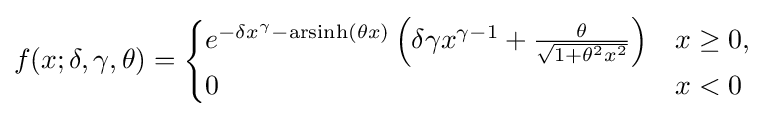
f(x;\delta ,\gamma ,\theta )={\begin{cases}e^{-\delta x^{\gamma }-\operatorname {arsinh} (\theta x)}\left(\delta \gamma x^{\gamma -1}+{\frac {\theta }{\sqrt {1+\theta ^{2}x^{2}}}}\right)&x\geq 0,\\0&x<0\end{cases}}